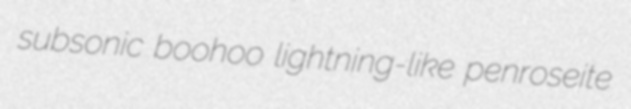
subsonic boohoo lightning-like penroseite